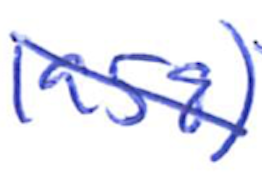
Text: 1958)
Cross-out: mix
Writing tool: ballpoint